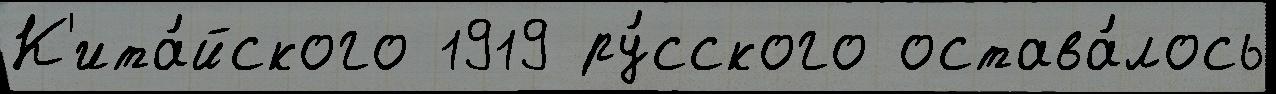
К'ита́йского 1919 ру́сского остава́лось